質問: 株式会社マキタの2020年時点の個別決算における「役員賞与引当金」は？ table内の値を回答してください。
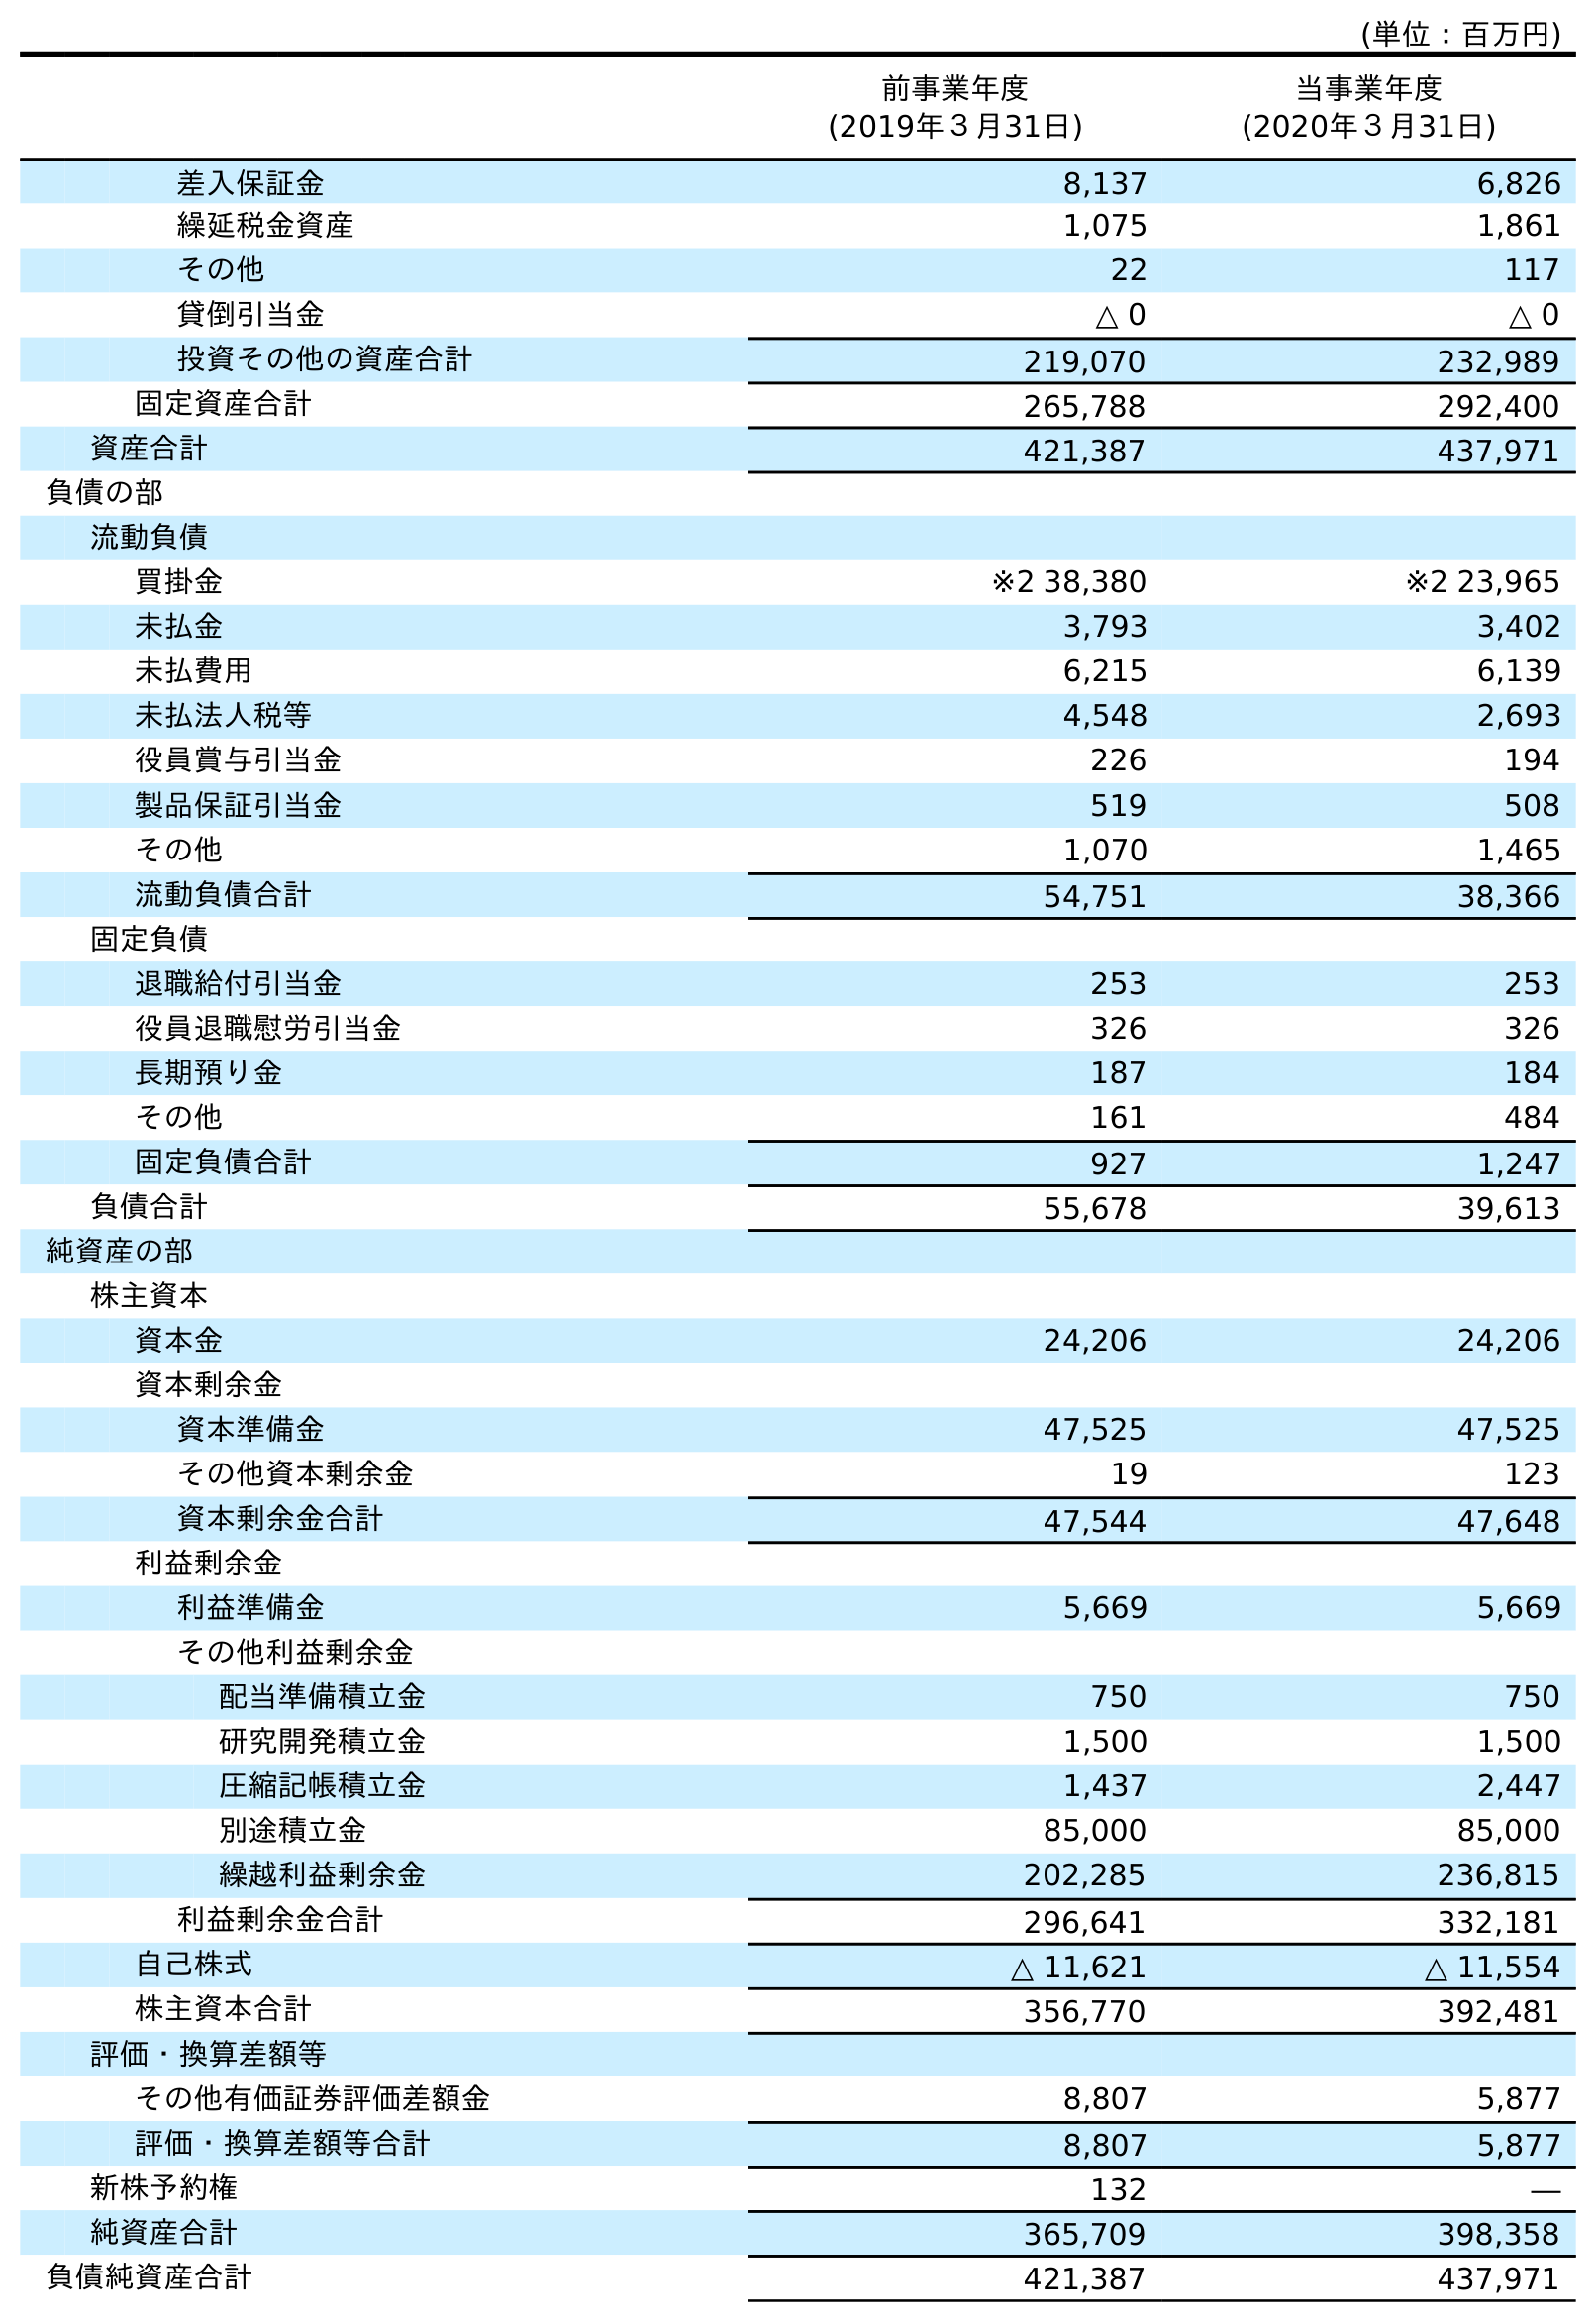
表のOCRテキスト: (単位：百万円) 前事業年度 (2019年３月31日) 当事業年度 (2020年３月31日) 差入保証金 8,137 6,826 繰延税金資産 1,075 1,861 その他 22 117 貸倒引当金 △ 0 △ 0 投資その他の資産合計 219,070 232,989 固定資産合計 265,788 292,400 資産合計 421,387 437,971 負債の部 流動負債 買掛金 ※2 38,380 ※2 23,965 未払金 3,793 3,402 未払費用 6,215 6,139 未払法人税等 4,548 2,693 役員賞与引当金 226 194 製品保証引当金 519 508 その他 1,070 1,465 流動負債合計 54,751 38,366 固定負債 退職給付引当金 253 253 役員退職慰労引当金 326 326 長期預り金 187 184 その他 161 484 固定負債合計 927 1,247 負債合計 55,678 39,613 純資産の部 株主資本 資本金 24,206 24,206 資本剰余金 資本準備金 47,525 47,525 その他資本剰余金 19 123 資本剰余金合計 47,544 47,648 利益剰余金 利益準備金 5,669 5,669 その他利益剰余金 配当準備積立金 750 750 研究開発積立金 1,500 1,500 圧縮記帳積立金 1,437 2,447 別途積立金 85,000 85,000 繰越利益剰余金 202,285 236,815 利益剰余金合計 296,641 332,181 自己株式 △ 11,621 △ 11,554 株主資本合計 356,770 392,481 評価・換算差額等 その他有価証券評価差額金 8,807 5,877 評価・換算差額等合計 8,807 5,877 新株予約権 132 ― 純資産合計 365,709 398,358 負債純資産合計 421,387 437,971
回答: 194